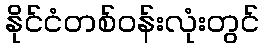
နိုင်ငံတစ်ဝန်းလုံးတွင်